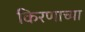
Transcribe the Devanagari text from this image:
किरणाच्या